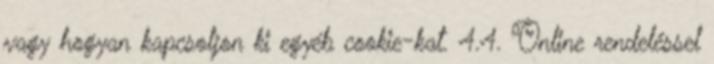
vagy hogyan kapcsoljon ki egyéb cookie-kat. 4.4. Online rendeléssel